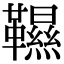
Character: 韅